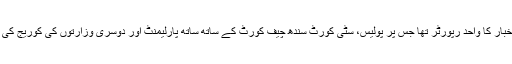
میں اس زمانہ میں اخبار کا واحد رپورٹر تھا جس پر پولیس، سٹی کورٹ سندھ چیف کورٹ کے ساتھ ساتھ پارلیمنٹ اور دوسری وزارتوں کی کوریج کی ذمہ داری عائد تھی۔